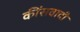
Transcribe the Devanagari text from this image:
कींसवादी